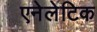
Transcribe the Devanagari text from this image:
एनेलेटिक